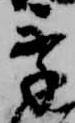
季